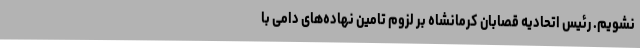
نشویم. رئیس اتحادیه قصابان کرمانشاه بر لزوم تامین نهاده‌های دامی با